Standardisation of Calmette's anti-venomous serum with pure cobra venom - Number 1
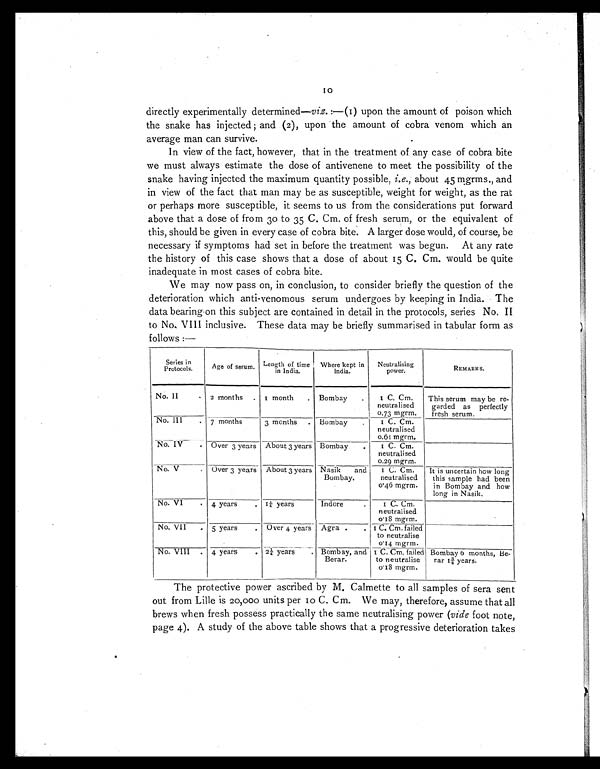
directly experimentally determined— viz.:—(I) upon the amount of poison which
the snake has injected; and (2), upon the amount of cobra venom which an
average man can survive.
In view of the fact, however, that in the treatment of any case of cobra bite
we must always estimate the dose of antivenene to meet the possibility of the
snake having injected the maximum quantity possible, i.e., about 45 mgrms., and
in view of the fact that man may be as susceptible, weight for weight, as the rat
or perhaps more susceptible, it seems to us from the considerations put forward
above that a dose of from 30 to 35 C. Cm. of fresh serum, or the equivalent of
this, should be given in every case of cobra bite. A larger dose would, of course, be
necessary if symptoms had set in before the treatment was begun. At any rate
the history of this case shows that a dose of about 15 C. Cm. would be quite
inadequate in most cases of cobra bite.
We may now pass on, in conclusion, to consider briefly the question of the
deterioration which anti-venomous serum undergoes by keeping in India. The
data bearing on this subject are contained in detail in the protocols, series No. II
to No. VIII inclusive. These data may be briefly summarised in tabular form as
follows:—
Series in
Protocols.
Age of serum. Length of time
in India.
Where kept in
India.
Neutralising
power.
REMARKS.
No. II
•
2 months
•
1 month
•
Bombay
•
1 C. Cm.
neutralised
0
∙ 7 3 m g r m .
This serum may be re
garded as perfectly
fresh serum.
No. III
•
_
7 months
3 months
•
Bombay
•
1 C. Cm.
neutralised
0
∙ 6 1 m g r m .
No. IV
• Over 3 years About 3 years Bombay
•
1 C. Cm.
neutralised
0
∙ 2 9 m g r m .
No. V
•
Over 3 years About 3 years Nasik and
Bombay.
1 C. Cm.
neutralised
0
∙46 mgrm.
It is uncertain how long
this sample had been
in Bombay and how
long in Nasik.
No. VI
•
4 years
•
1¼ years
Indore
•
1 C. Cm.
neutraiised
0
∙ 1 8 m g r m .
No. VII
•
5 years
•
Over 4 years Agra
• •
1 C. Cm.
failed
to neutralise
0∙14 mgrm.
No. VIII
•
4 years
•
2¼ years
•
Bombay, and
Berar.
1 C. Cm. failed
to neutralise
0
∙ 1 8 m g r m .
Bombay 6 months, Be
rar 1¾ years.
The protective power ascribed by M. Calmette to all samples of sera sent
out from Lille is 20,000 units per 10 C. Cm. We may, therefore, assume that all
brews when fresh possess practically the same neutralising power (vide foot note,
page 4). A study of the above table shows that a progressive deterioration takes